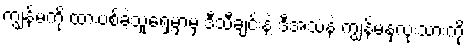
ကျွန်မကို ထားပစ်ခဲ့သူရှေ့မှာမှ ဒီသီချင်းနဲ့ ဒီအသံနဲ့ ကျွန်မနှလုံးသားကို